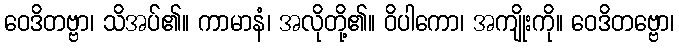
ဝေဒိတဗ္ဗာ၊ သိအပ်၏။ ကာမာနံ၊ အလိုတို့၏။ ဝိပါကော၊ အကျိုးကို။ ဝေဒိတဗ္ဗော၊